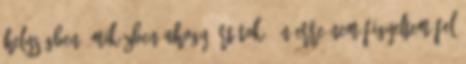
helységben, miközben ahogy írtátok, én erre nem figyeltem fel